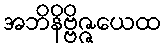
အဘိနိဗ္ဗိဇ္ဇယေထ